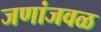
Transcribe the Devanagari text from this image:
जणांजवळ